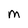
Character: M